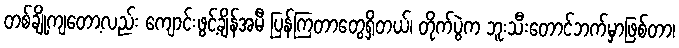
တစ်ချို့ကျတော့လည်း ကျောင်းဖွင့်ချိန်အမီ ပြန်ကြတာတွေရှိတယ်၊ တိုက်ပွဲက ဘူးသီးတောင်ဘက်မှာဖြစ်တာ၊